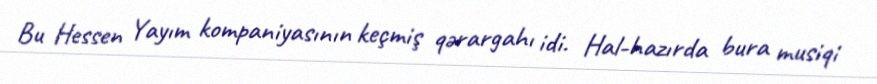
Bu Hessen Yayım kompaniyasının keçmiş qərargahı idi. Hal-hazırda bura musiqi